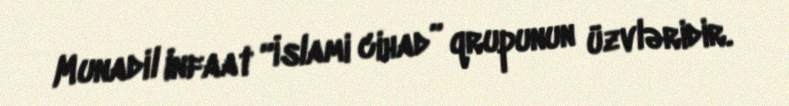
Munadil Infaat “İslami cihad” qrupunun üzvləridir.